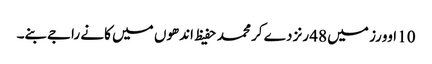
10 اوورز میں 48 رنز دے کر محمد حفیظ اندھوں میں کانے راجےبنے۔